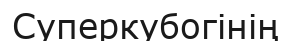
Суперкубогінің